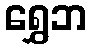
ရွှေဘ